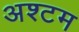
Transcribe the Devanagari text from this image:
अश्टम